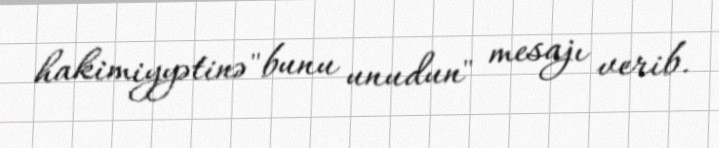
hakimiyyətinə "bunu unudun" mesajı verib.